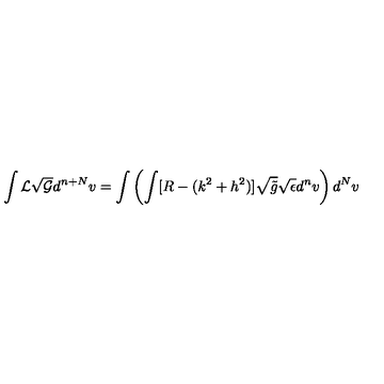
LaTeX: \int { \cal L } \sqrt { \cal G } d ^ { n + N } v = \int \left( \int [ R - ( k ^ { 2 } + h ^ { 2 } ) ] \sqrt { \tilde { g } } \sqrt { \epsilon } d ^ { n } v \right) d ^ { N } v